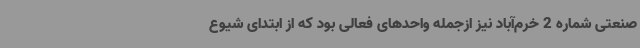
صنعتی شماره 2 خرم‌آباد نیز ازجمله واحدهای فعالی بود که از ابتدای شیوع